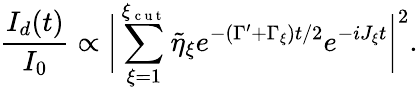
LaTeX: \frac{I_{d}(t)}{I_{0}}\propto\bigg|\sum_{\xi=1}^{\xi_{\mathrm{~c~u~t~}}}\tilde{\eta}_{\xi}e^{-(\Gamma^{\prime}+\Gamma_{\xi})t/2}e^{-iJ_{\xi}t}\bigg|^{2}.